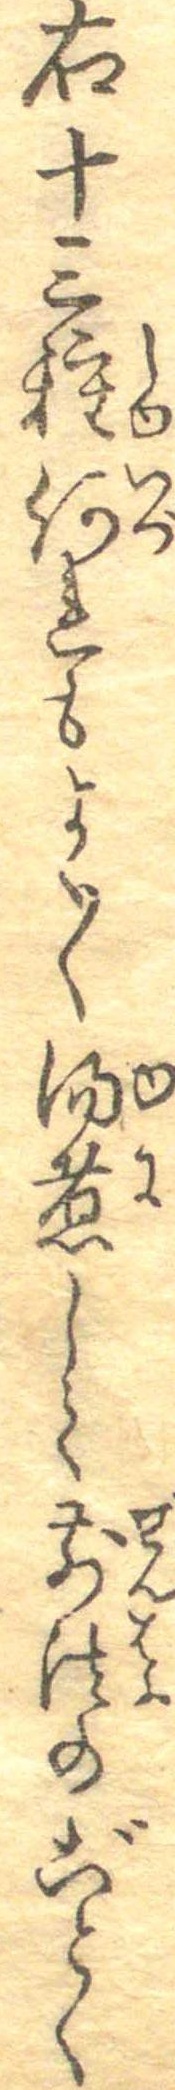
右十三種何れもよく〱湯煮して前法のごとく